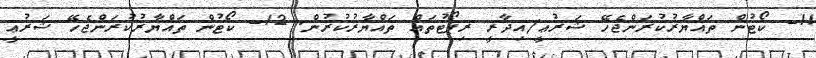
11- ކޯޓުން ތައްޔާރުކުރަންޖެހޭ ޝަރުޢީ/އިދާރީ ރިޕޯޓުތައް ތައްޔާރުކުރުން. 12- ކޯޓުން ތައްޔާރުކުރަންޖެހޭ ޝަރުޢީ